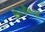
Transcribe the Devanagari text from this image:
किस्त्रीमच्या